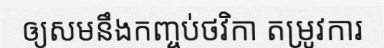
ឲ្យសមនឹងកញ្ចប់ថវិកា តម្រូវការ